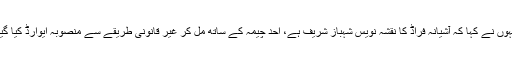
انہوں نے کہا کہ آشیانہ فراڈ کا نقشہ نویس شہباز شریف ہے، احد چیمہ کے ساتھ مل کر غیر قانونی طریقے سے منصوبہ ایوارڈ کیا گیا۔